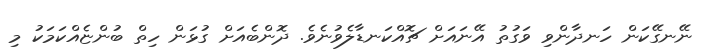
ނޭނގޭކަން ހަނދާންވި ވަގުތު އޭނައަށް ޗޮއްކަނޑާލެވުނެވެ. ދޮންބެއަށް ގުޅަން ހިތް ބުންޏެއްކަމަކު މި